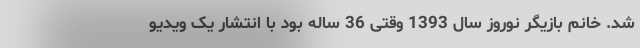
شد. خانم بازیگر نوروز سال 1393 وقتی 36 ساله بود با انتشار یک ویدیو